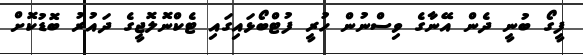
ފީގޯ ބުނީ ދެން އޭނާގެ ވިސްނުން ހުރީ ފުޓްބޯޅައިގައި ޓެކްނޮލޮޖީގެ ދައުރު ބޮޑުކޮށް